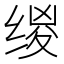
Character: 𰬯